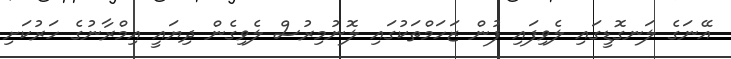
އޭނަގެ ލަނގޮޑީގައި ލެވިފައި ފުން ޒަހަމްތަކުގައި ލޮނުމިރުސް ލެވިގެން ދިޔައީ އިމްރާނުގެ ހަރުކަށި